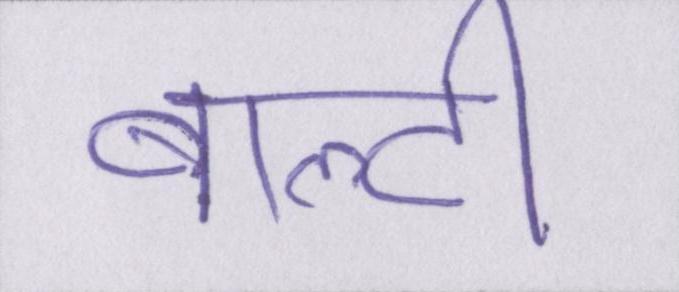
बाल्टी